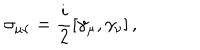
\sigma _ { \mu \nu } = \frac { i } { 2 } \left[ \gamma _ { \mu } , \gamma _ { \nu } \right] ,